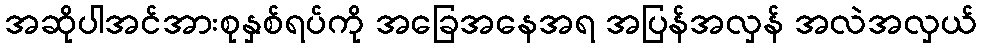
အဆိုပါအင်အားစုနှစ်ရပ်ကို အခြေအနေအရ အပြန်အလှန် အလဲအလှယ်